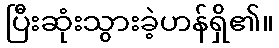
ပြီးဆုံးသွားခဲ့ဟန်ရှိ၏။